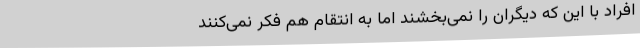
افراد با این‌ که دیگران را نمی‌بخشند اما به انتقام هم فکر نمی‌کنند